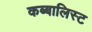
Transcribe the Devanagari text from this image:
कब्बालिस्ट